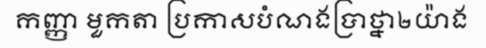
កញ្ញា មួកតា ប្រកាសបំណងប្រាថ្នា២យ៉ាង